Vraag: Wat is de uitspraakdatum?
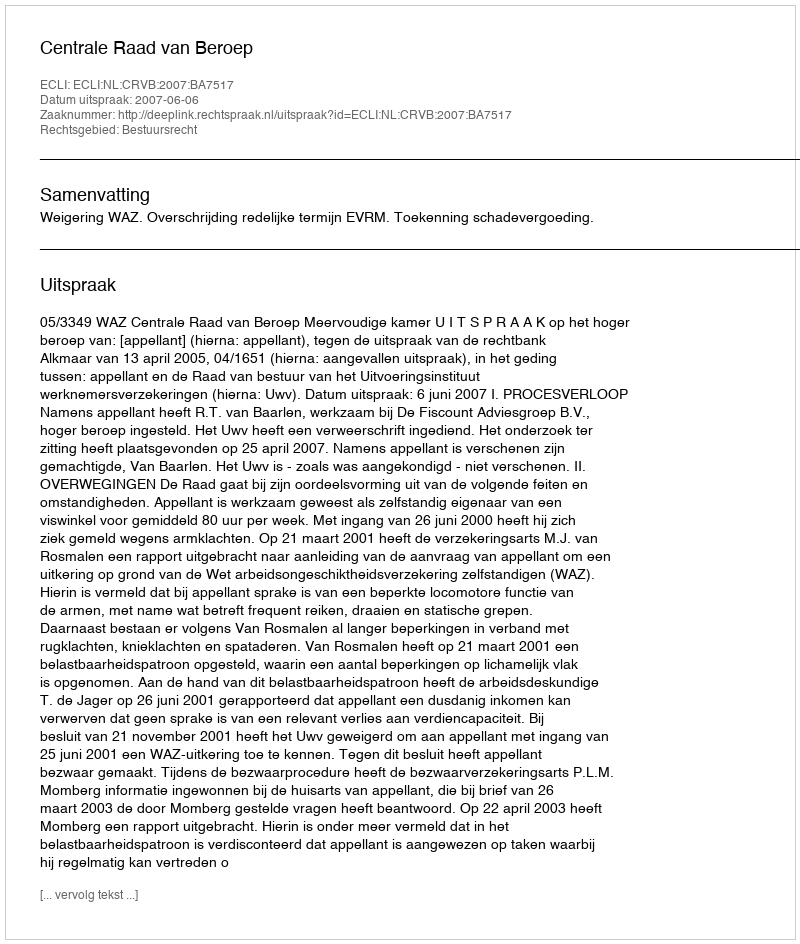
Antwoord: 2007-06-06